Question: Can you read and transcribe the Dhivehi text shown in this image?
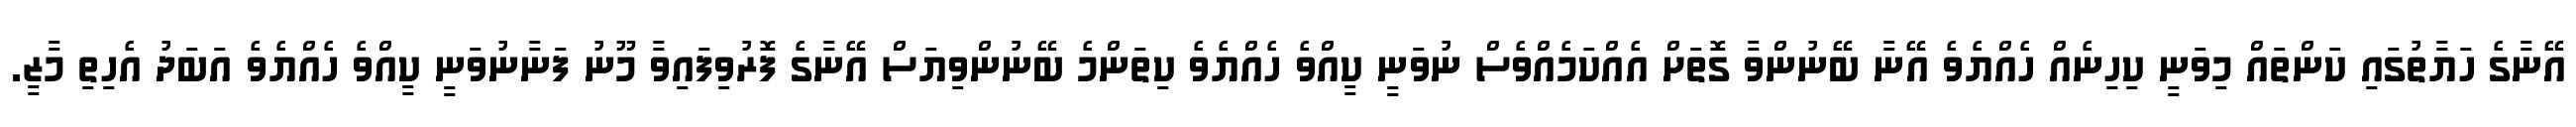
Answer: އޭނާގެ ހަޔާތުގައި ކަންތައް މިވަނީ ކިހިނެއް ހެއްޔެވެ އޭނާ ބޭނުންވާ ގޮތަށް އެއްކަމެއްވެސް ނުވަނީ ކީއްވެ ހެއްޔެވެ ކިތަންމެ ބޭނުންވިޔަސް އޭނާގެ ފޮރުވިފައިވާ މޫނު ފަނާނުވަނީ ކީއްވެ ހެއްޔެވެ އަބަދު އެހިތި މާޒީ.